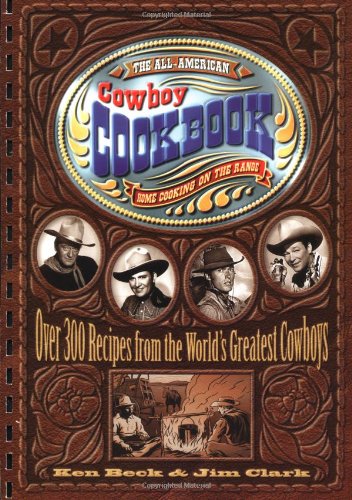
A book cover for The All-American Cowboy Cookbook: Over 300 Recipes From the World's Greatest Cowboys; Ken Beck; Cookbooks, Food & Wine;